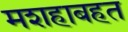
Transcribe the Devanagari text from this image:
मशहाबहत